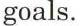
goals.